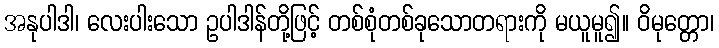
အနုပါဒါ၊ လေးပါးသော ဥပါဒါန်တို့ဖြင့် တစ်စုံတစ်ခုသောတရားကို မယူမူ၍။ ဝိမုတ္တော၊